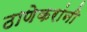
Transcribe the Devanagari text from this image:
ठाणेकरांनी